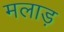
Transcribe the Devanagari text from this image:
मलाड़